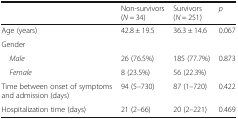
<table><thead><tr><td></td><td><b>Non-survivors (<i>N</i> = 34)</b></td><td><b>Survivors (<i>N</i> = 251)</b></td><td><b><i>p</i></b></td></tr></thead><tbody><tr><td>Age (years)</td><td>42.8 ± 19.5</td><td>36.3 ± 14.6</td><td>0.067</td></tr><tr><td colspan="4">Gender</td></tr><tr><td> <i>Male</i></td><td>26 (76.5%)</td><td>185 (77.7%)</td><td>0.873</td></tr><tr><td> <i>Female</i></td><td>8 (23.5%)</td><td>56 (22.3%)</td><td></td></tr><tr><td>Time between onset of symptoms and admission (days)</td><td>94 (5–730)</td><td>87 (1–720)</td><td>0.422</td></tr><tr><td>Hospitalization time (days)</td><td>21 (2–66)</td><td>20 (2–221)</td><td>0.469</td></tr></tbody></table>